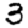
Digit: 3